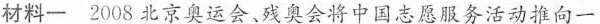
材料一2008北京奥运会，残奥会将中国志愿服务活动推向一